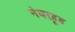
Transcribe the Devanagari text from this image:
नेबरहूड